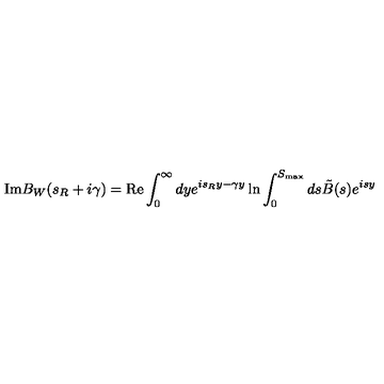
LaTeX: \mathrm { I m } B _ { W } ( s _ { R } + i \gamma ) = \mathrm { R e } \int _ { 0 } ^ { \infty } d y e ^ { i s _ { R } y - \gamma y } \ln { \int _ { 0 } ^ { S _ { \mathrm { m a x } } } d s \tilde { B } ( s ) e ^ { i s y } }